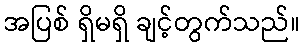
အပြစ် ရှိမရှိ ချင့်တွက်သည်။